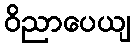
ဝိညာပေယျ